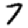
Digit: 7